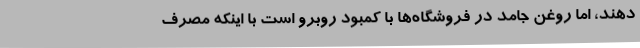
‌دهند، اما روغن جامد در فروشگاه‌ها با کمبود روبرو است با اینکه مصرف